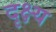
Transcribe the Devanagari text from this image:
दृक्ष्य